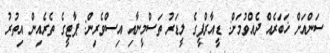
ސަންއަށް ޚަބަރެއް ދެއްވުމަށް: ޑީއާރްޕީގެ ލީޑަރު ތަސްމީނާއި އިސްވެރިން: ޕާޓީގެ ތެރެއިން އިތުރު